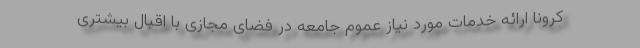
کرونا ارائه خدمات مورد نیاز عموم جامعه در فضای مجازی با اقبال بیشتری